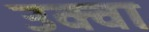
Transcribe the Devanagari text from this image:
उक्वा